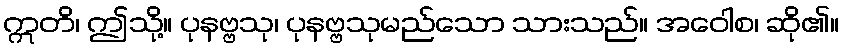
ဣတိ၊ ဤသို့။ ပုနဗ္ဗသု၊ ပုနဗ္ဗသုမည်သော သားသည်။ အဝေါစ၊ ဆို၏။